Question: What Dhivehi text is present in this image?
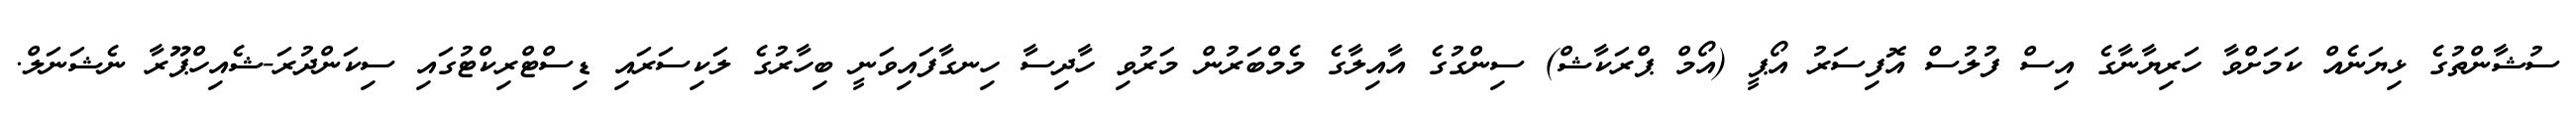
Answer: ސުޝާންތުގެ ޅިޔަނެއް ކަމަށްވާ ހަރިޔާނާގެ އިސް ފުލުސް އޮފިސަރު އޯޕީ (އޯމް ޕްރަކާޝް) ސިންގުގެ އާއިލާގެ މެމްބަރުން މަރުވި ހާދިސާ ހިނގާފައިވަނީ ބިހާރުގެ ލަކިސަރައި ޑިސްޓްރިކްޓުގައި ސިކަންދުރަ-ޝެއިހްޕޫރާ ނެޝަނަލް.